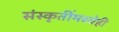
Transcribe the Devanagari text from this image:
संस्कृतींमध्येही